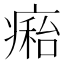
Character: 𤹇